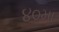
૪૦મા